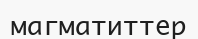
магматиттер